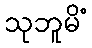
သုဘူမိံ